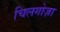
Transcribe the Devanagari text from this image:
चिलगोज़ा